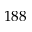
1 8 8